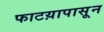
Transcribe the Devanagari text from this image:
फाटय़ापासून